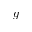
g